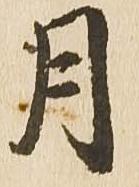
月